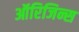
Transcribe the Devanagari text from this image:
ऑरिजिन्स